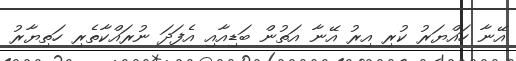
އޭނާ ހައްޔަރު ކުރި އިރު އޭނާ އަތުން ބަޑިއާއި އެފަދަ ނުރައްކާތެރި ހަތިޔާރު